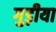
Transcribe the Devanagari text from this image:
गुड़ीया